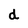
Character: d